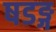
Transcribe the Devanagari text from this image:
षडङ्ग